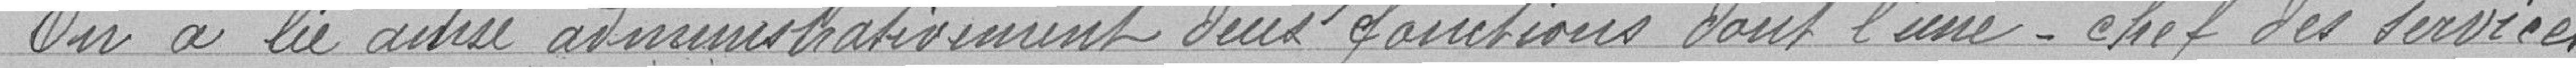
On a lié ainsi administrativement deux fonctions dont l'une - chef des services